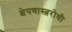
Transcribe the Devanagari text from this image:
क्षेपणास्त्ररोधी